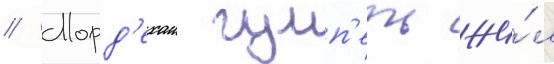
// Морд'ехаи гумп'ель жи́л